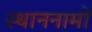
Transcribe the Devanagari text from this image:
स्थाननामों